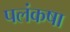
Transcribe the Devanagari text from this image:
पलंकषा